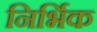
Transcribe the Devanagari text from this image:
निर्भिक